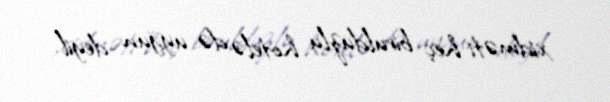
xidməti heç birulduzlu hotelə də uyğun deyil.